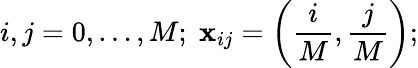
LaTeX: i,j=0,\ldots,M;\; {\mathbf x}_{ij}=\left(\frac{i}{M},\frac{j}{M}\right);